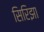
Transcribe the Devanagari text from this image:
सिरिझा